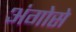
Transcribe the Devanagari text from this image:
अंगोसे